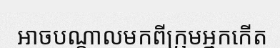
អាចបណ្តាលមកពីក្រុមអ្នកកើត